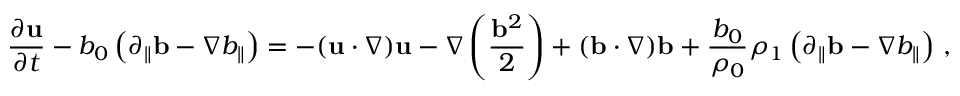
{ \frac { \partial { \bf u } } { \partial t } } - b _ { 0 } \left( \partial _ { \parallel } { \bf b } - \nabla b _ { \parallel } \right) = - ( { \bf u } \cdot \nabla ) { \bf u } - \nabla \left( \frac { { \bf b } ^ { 2 } } { 2 } \right) + ( { \bf b } \cdot \nabla ) { \bf b } + \frac { b _ { 0 } } { \rho _ { 0 } } \rho _ { 1 } \left( \partial _ { \parallel } { \bf b } - \nabla b _ { \parallel } \right) \, ,